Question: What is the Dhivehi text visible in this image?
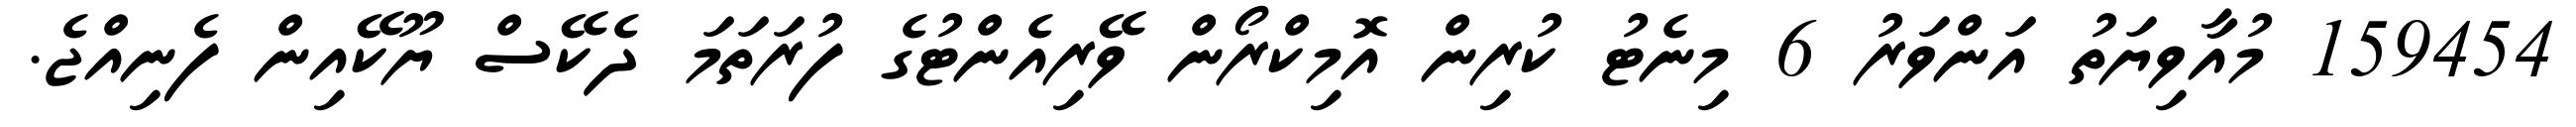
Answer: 159454 މުއާވިޔަތު އަންވަރު 6 މިނެޓު ކުރިން އޮމިކްރޯން ވޭރިއެންޓުގެ ފުރަތަމަ ދެކޭސް ޔޫކޭއިން ފެނިއްޖެ.